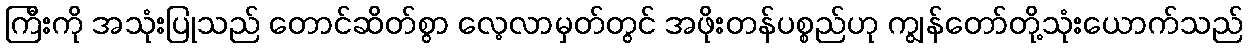
ကြီးကို အသုံးပြုသည် တောင်ဆိတ်စွာ လေ့လာမှတ်တွင် အဖိုးတန်ပစ္စည်ဟု ကျွန်တော်တို့သုံးယောက်သည်